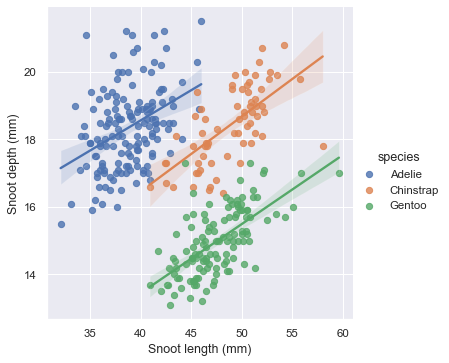
python, seaborn, lmplot